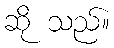
ဆို သည်။